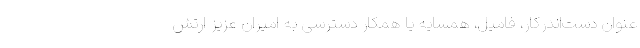
عنوان دست‌اندرکار، فامیل، همسایه یا همکار دسترسی به امیران عزیز ارتش